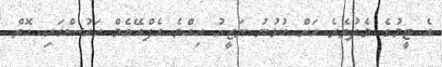
އެ ޓީމުގެ މެދުތެރެ އަށް ކުޅުނު ނަޒީހު އިއްޔެ އެފްއޭއެމް ހައުސްގައި އޮތް